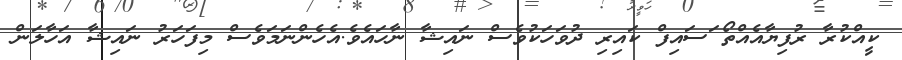
ކީއްކުރާ ރުފިޔާއެއްތޯ ަަަަަަަަަަަަަަަަަަަަަަަަަަަަަަަަަަަަަަަސައިފް ކައިރި ދުވަހަކުވެސް ނައިޝާ ނާހައެވެ.އެހެންނަމަވެސް މިފަހަރު ނައިޝާ އަހާލަން